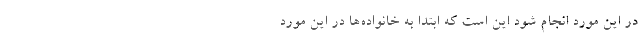
در این مورد انجام شود این است که ابتدا به خانواده‌ها در این مورد